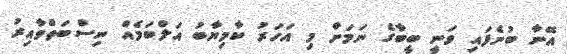
އޭނާ ބުނެފައި ވަނީ ބީބާގެ ނަމަށް މި އަހަރު ކާމިޔާބު އަލްބަމެއް ނިސްބަތްވާއިރު